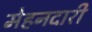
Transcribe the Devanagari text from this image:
मेहनदारी